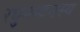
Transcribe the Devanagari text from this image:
रघुनन्दनस्य